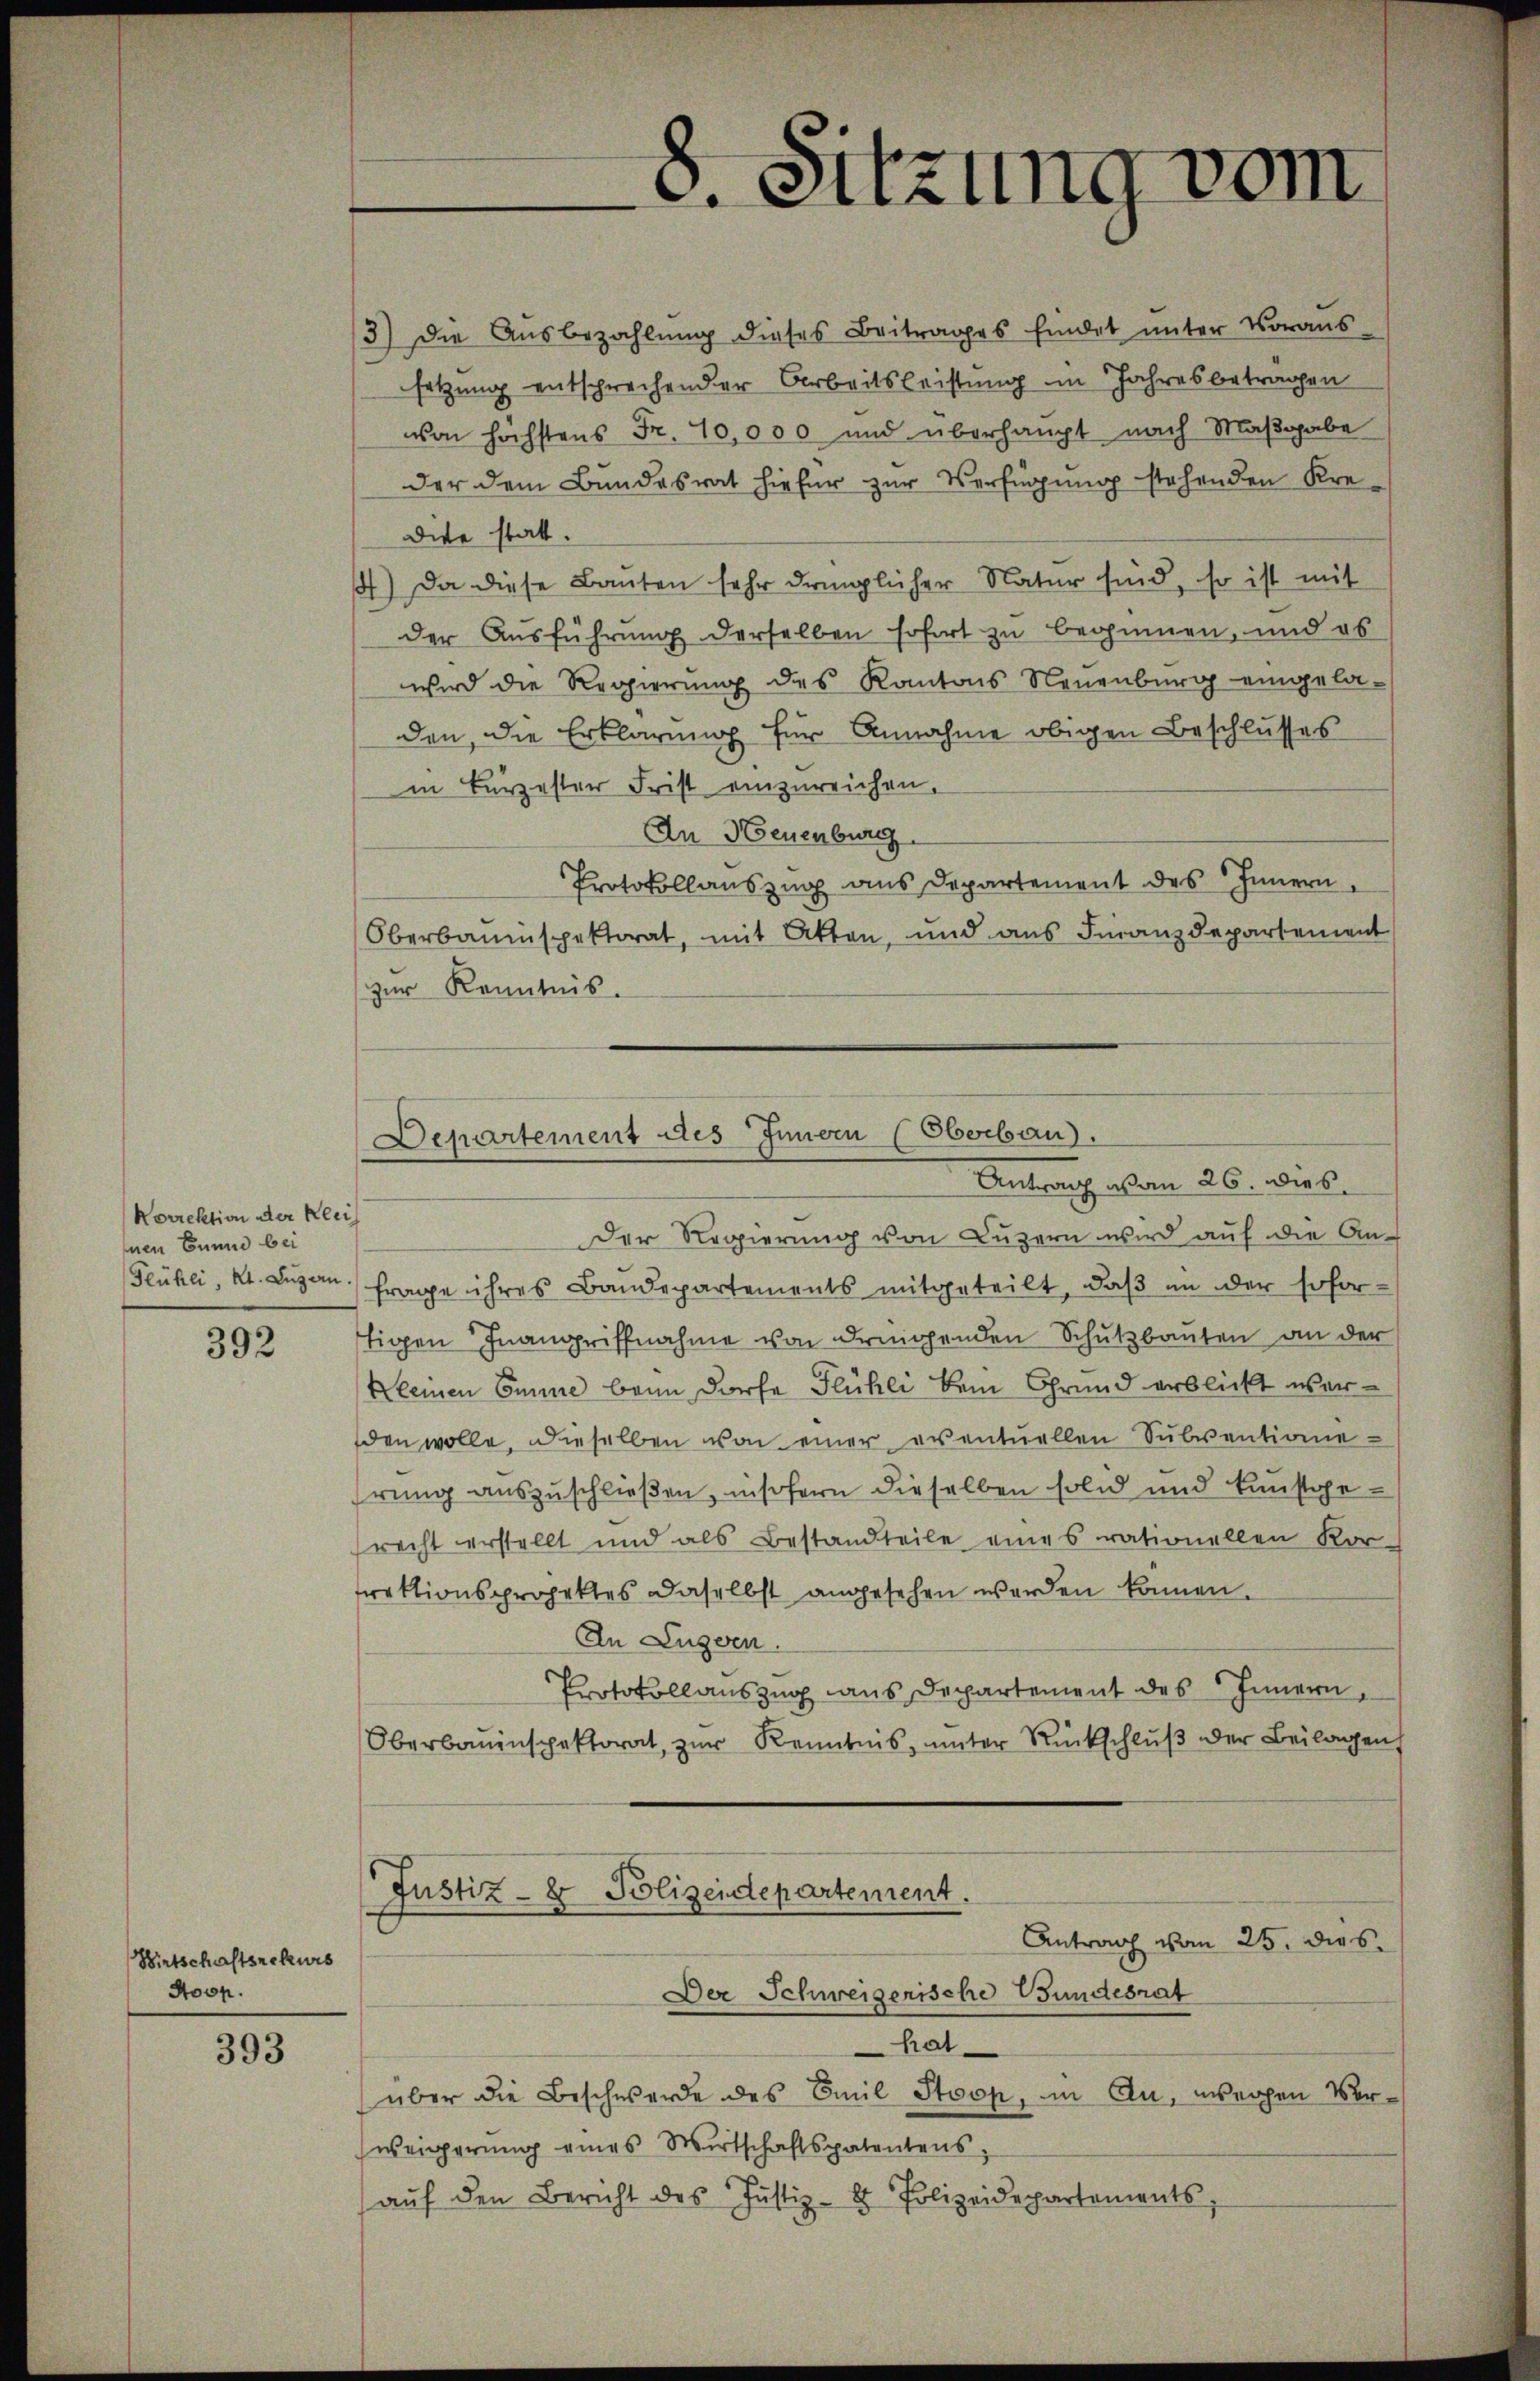
Korrektion der Klei
Inen Einne bei

392

Wirtschaftsrekurs
Hoop.

393

3) Die Aŭsbezahlŭng dieses Beitrages findet ŭnter Voraus-
setzung entsprechender Arbeitsleistung in Jahresbetragen
von höchstens Fr. 10,000 und überhaupt nach Maßgabe
der dem Bundesrat hiefür zur Verfügung stehenden Kre-
dite statt.
) Da diese Bauten sehr dringlicher Natur sind, so ist mit
der Ausführung derselben sofort zu beginnen, und es
wird die Regierung des Kantons Neuenburg eingeladen, die Erklärung für Annahme obigen Beschlusses
in Bergester Frist einzureichen.
An Neuenburg
Protokollauszug aus Departement des Innern,
Oberbauinspektorat, mit Atten, und aus Finanzdepartement
zur Kenntnis.
Der Regierung von Luzern wird auf die An-
Flühli, A. Lŭzern frage ihres Baŭdepartements mitgeteilt, daβ in der sofortigen Inangriffnahme von dringenden Schutzbauten an der
Kleinen Emme beim Dorfe Flühli beim Grund erblickt werden wolle, dieselben von einer eventuellen Subventionie
hrung auszuschließen, insofern dieselben solid und kunstgerecht erstellt und als Bestandteile eines rationellen Kor-
rektionsprojektes daselbst angesehen werden können.
In Luzern.
Protokollauszug aus Departement des Innern,
Oberbauinspektorat, zŭr Kenntnis, ŭnter Rückschlŭβ der Beilagen
Justiz- & Polizeidepartement.
Antrag vom 25. dies
Der Schweizerische Bundesrat
hat
über die Beschwerde des Emil Stoop, in Au, weichen Vorweigerŭng eines Wirtschaftspatentens,
aŭf den Bericht des Justiz- & Polizeidepartements,

8. Sitzung vom

Departement des Innern (Oberbau).
Antrag von 26. Dies